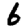
Digit: 6